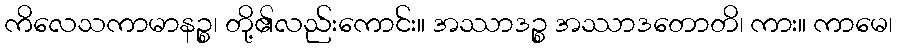
ကိလေသကာမာနဉ္စ၊ တို့၏လည်းကောင်း။ အဿာဒဉ္စ အဿာဒတောတိ၊ ကား။ ကာမေ၊